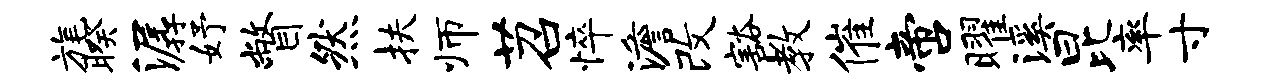
旄暌潺妤瞥然扶师苕悴澹改豁教催啻曜溪昆率寸